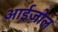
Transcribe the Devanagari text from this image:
आईज़ोल